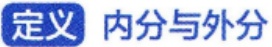
定义  内分与外分